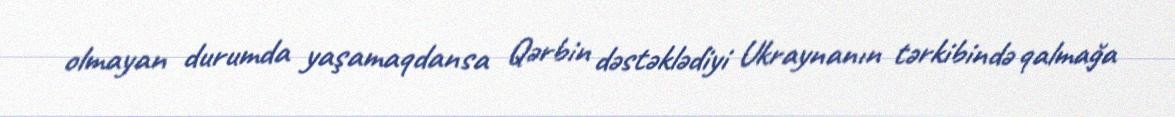
olmayan durumda yaşamaqdansa Qərbin dəstəklədiyi Ukraynanın tərkibində qalmağa